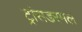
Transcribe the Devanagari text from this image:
ट्रांसडरमल